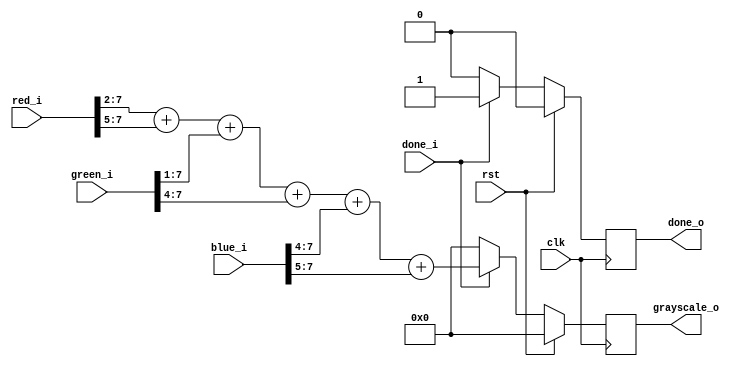
`timescale 1ns / 1ps
//////////////////////////////////////////////////////////////////////////////////
// Company: 
// Engineer: 
// 
// Design Name: 
// Module Name: rgb_to_grayscale
// Project Name: 
// Target Devices: 
// Tool Versions: 
// Description: 
// 
// Dependencies: 
// 
// Revision:
// Revision 0.01 - File Created
// Additional Comments:
// 
//////////////////////////////////////////////////////////////////////////////////


module rgb_to_grayscale(
    input clk,
    input rst,

    input [7:0] red_i,
    input [7:0] green_i,
    input [7:0] blue_i,

    input done_i,

    output reg [7:0] grayscale_o,
    output reg done_o

    );

    always @(posedge clk) begin
        if (rst) begin
            grayscale_o <= 0;
            done_o <= 0;
        end else begin
            if (done_i == 1) begin
                grayscale_o <= (red_i >>2)  +  (red_i>>5) +
                               (green_i >>1) + (green_i>>4)+
                               (blue_i>>4)   + (blue_i>>5);
                done_o <= 1'b1;
            end else begin
                grayscale_o <= 0;
                done_o <= 0;
            end
        end
    end
endmodule